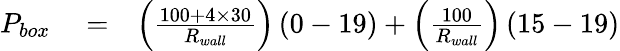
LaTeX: \begin{array}{rlr}{P_{box}}&{{}=}&{\left(\frac{100+4\times 30}{R_{wall}}\right)\left(0-19\right)+\left(\frac{100}{R_{wall}}\right)\left(15-19\right)}\end{array}